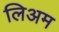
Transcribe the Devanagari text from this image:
लिअम